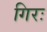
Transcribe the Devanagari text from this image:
गिरः